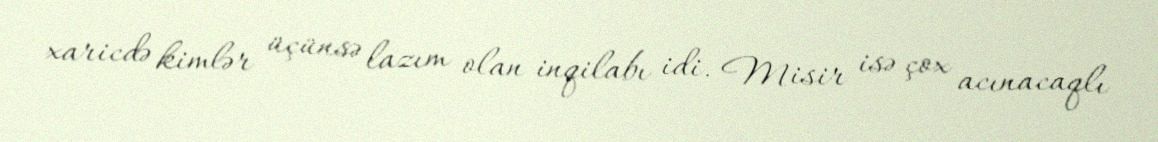
xaricdə kimlər üçünsə lazım olan inqilabı idi. Misir isə çox acınacaqlı